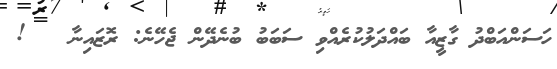
ހަސަންއަބްދު ގާޒީއާ ބައްދަލުކުރެއްވި ސަބަބު ބުނެދޭން ޖެހޭނެ: ރޮޒައިނާ   !